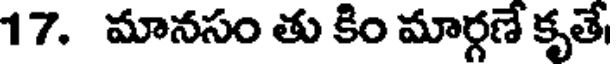
17. మానసం తు కిం మార్గణే కృతే